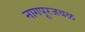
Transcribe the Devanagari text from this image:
नागपूरजवळ